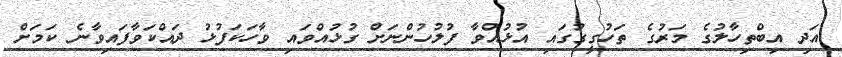
އަދި އިބްތިހާލުގެ މަރުގެ ތަހުގީގުގައި އުޅުއްވާ ފުލުހުންނަށް ގުޅުއްވައި ވާހަކަފުޅު ދައްކަވާފައިވާނެ ކަމަށް